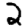
Digit: 2